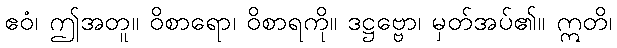
ဧဝံ၊ ဤအတူ။ ဝိစာရော၊ ဝိစာရကို။ ဒဋ္ဌဗ္ဗော၊ မှတ်အပ်၏။ ဣတိ၊